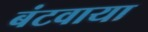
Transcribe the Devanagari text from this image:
बंटवाया